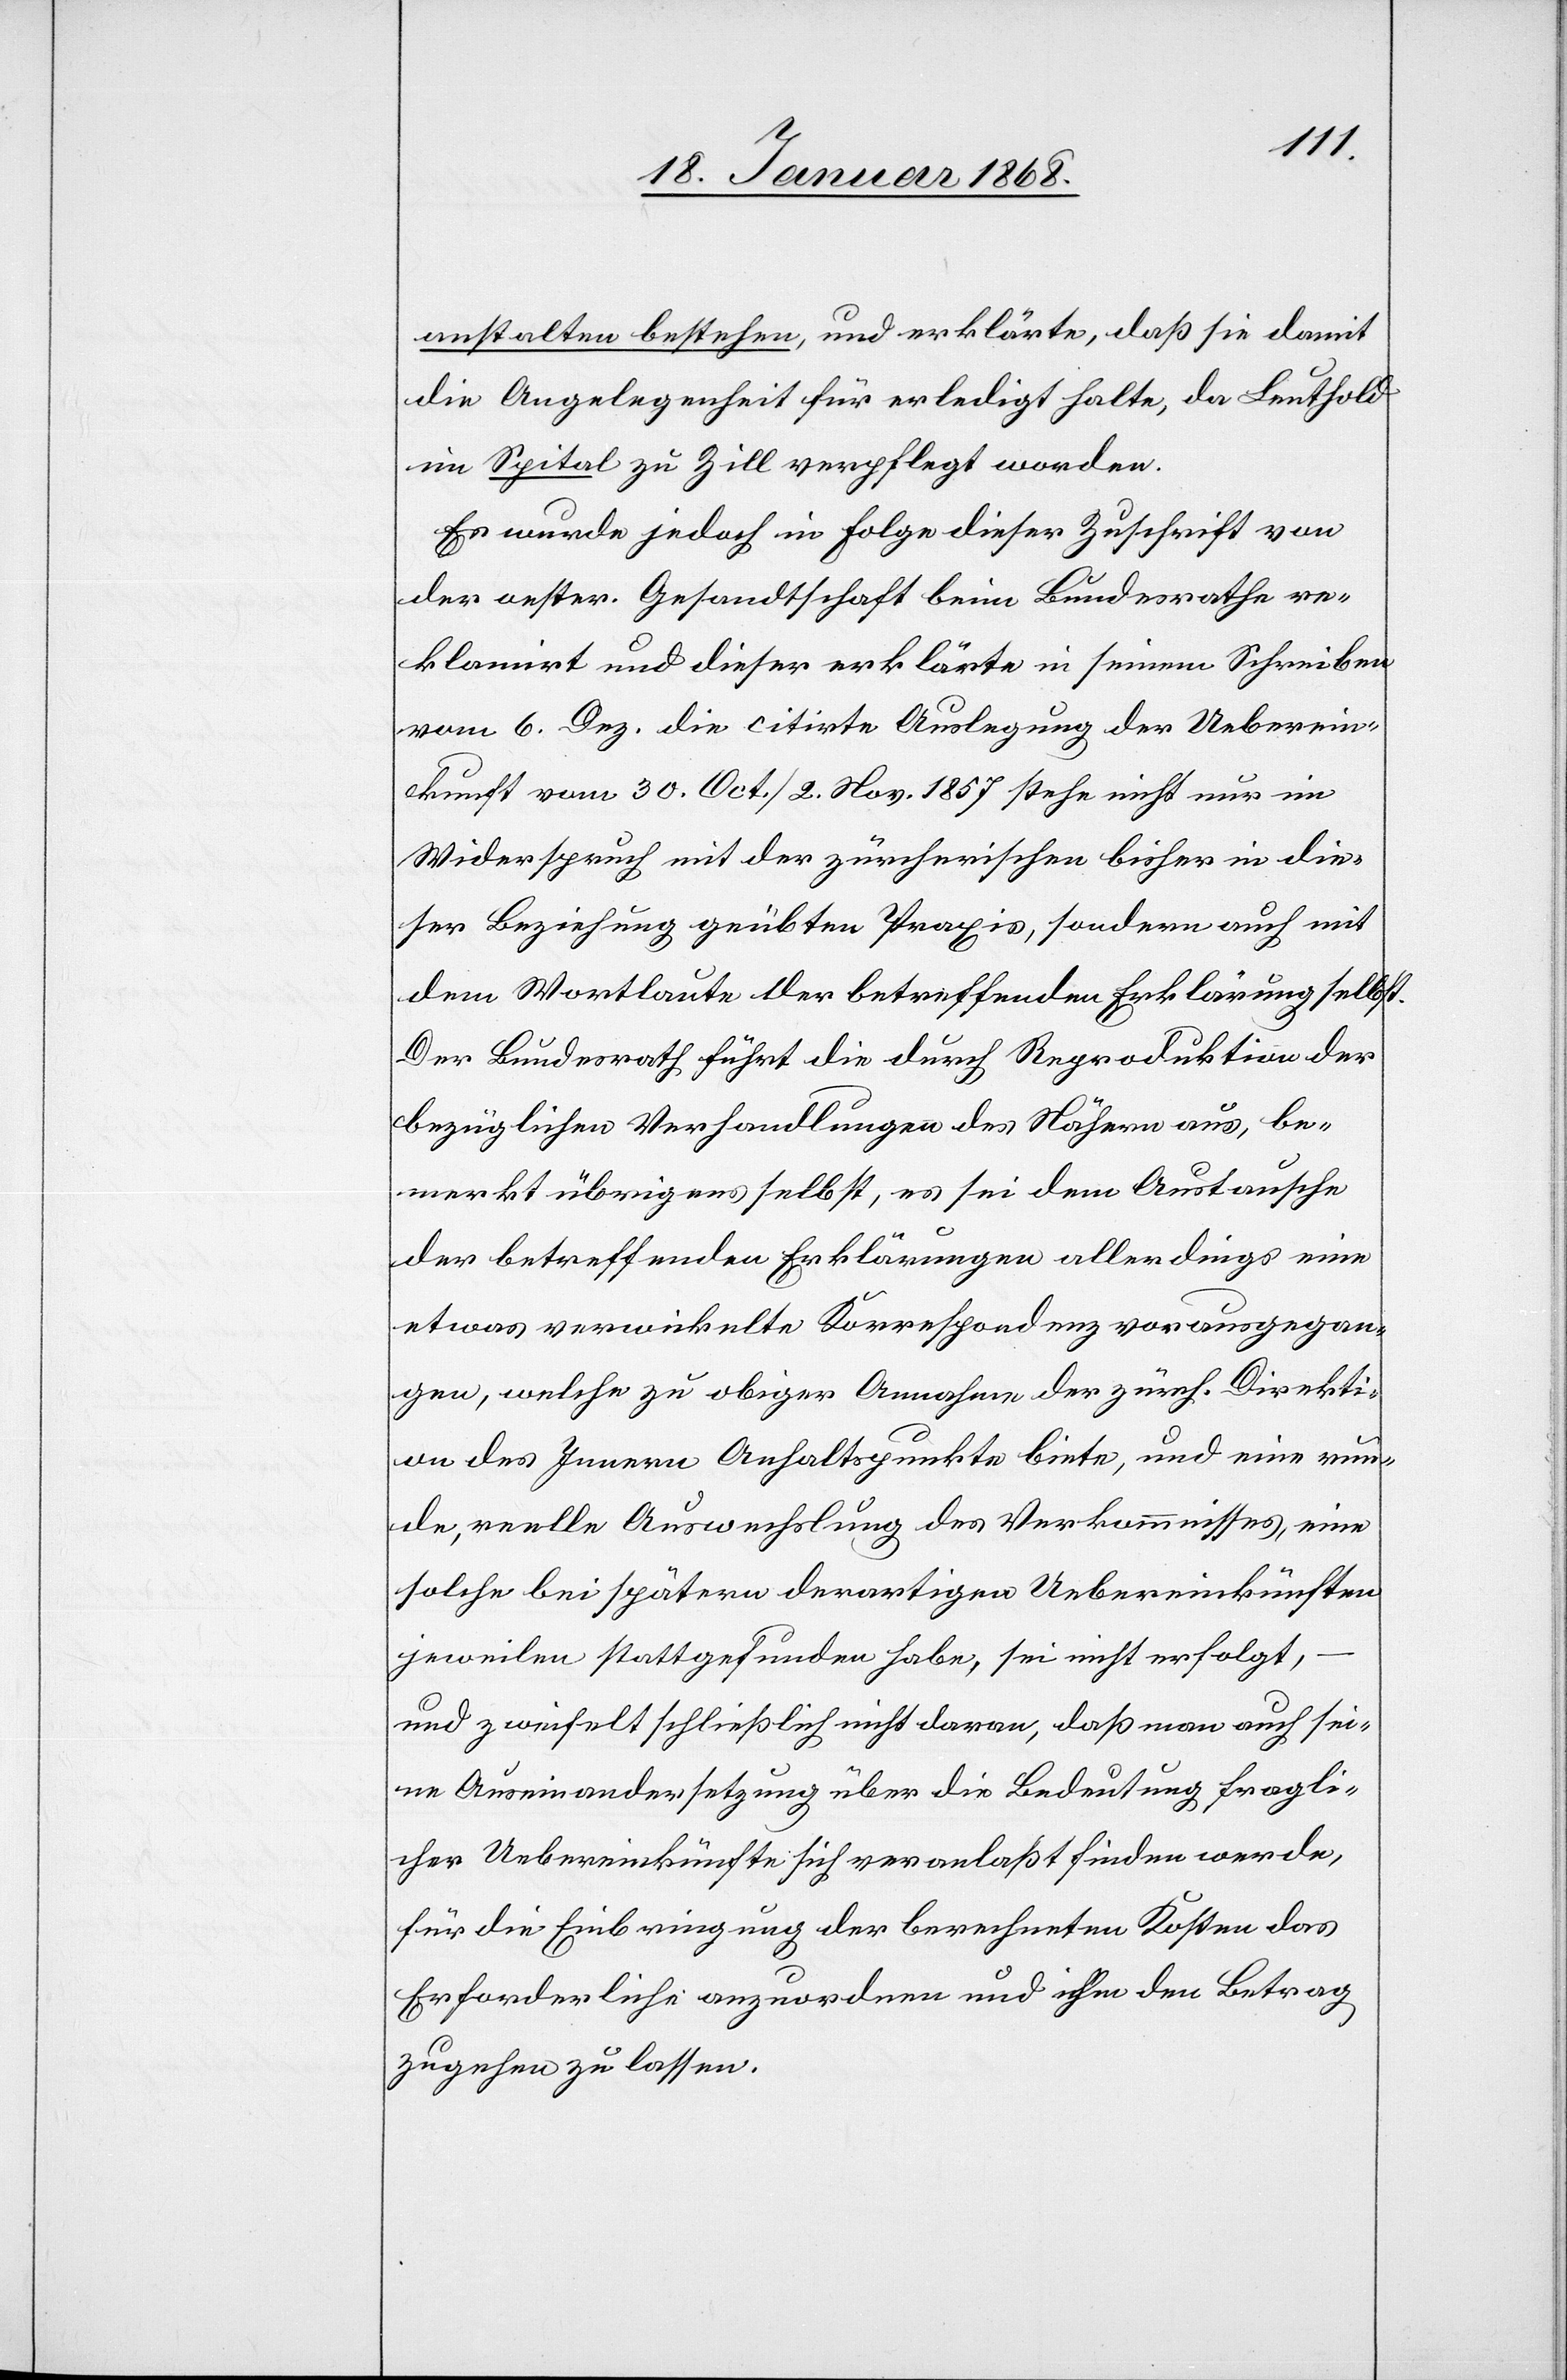
anstalten bestehen, und erklärte, daß sie damit
die Angelegenheit für erledigt halte, da Leuthold
im Spital zu Zill verpflegt worden.
Es wurde jedoch in Folge dieser Zuschrift von
der oester. Gesandtschaft beim Bundesrathe re¬
klamirt und dieser erklärte in seinem Schreiben
vom 6. Dez. die citirte Auslegung der Ueberein¬
kunft vom 30. Oct. / 2. Nov. 1857 stehe nicht nur im
Widerspruch mit der zürcherischen bisher in die¬
ser Beziehung geübten Praxis, sondern auch mit
dem Wortlaute der betreffenden Erklärung selbst.
Der Bundesrath führt die [?recte: dies] durch Reproduktion der
bezüglichen Verhandlungen des Nähern aus, be¬
merkt übrigens selbst, es sei dem Austausche
der betreffenden Erklärungen allerdings eine
etwas verwickelte Korrespondenz vorausgegan¬
gen, welche zu obiger Annahme der zürch. Direkti¬
on des Innern Anhaltspunkte biete, und eine run¬
de, reelle Auswechslung des Verkommnisses, eine
solche bei spätern derartigen Uebereinkünften
jeweilen stattgefunden habe, sei nicht erfolgt,
und zweifelt schließlich nicht daran, daß man auch sei¬
ne Auseinandersetzung über die Bedeutung fragli¬
cher Uebereinkünfte sich veranlaßt finden werde,
für die Einbringung der berechneten Kosten das
Erforderliche anzuordnen und ihm den Betrag
zugehen zu lassen.